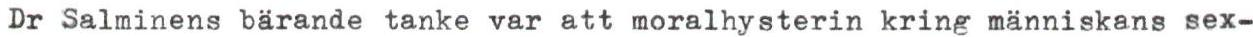
Dr Salminens bärande tanke var att moralhysterin kring människans sex-